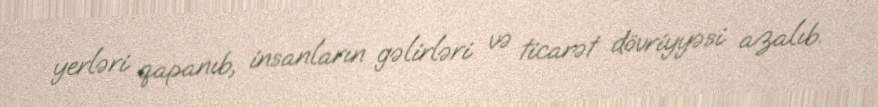
yerləri qapanıb, insanların gəlirləri və ticarət dövriyyəsi azalıb.